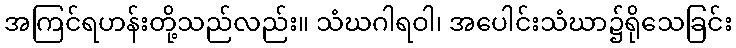
အကြင်ရဟန်းတို့သည်လည်း။ သံဃဂါရဝါ၊ အပေါင်းသံဃာ၌ရိုသေခြင်း